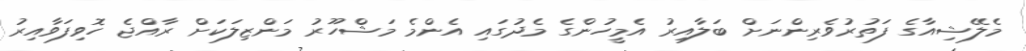
މެލޭޝިއާގެ ފަތުރުވެރިންނަށް ބަލާއިރު އެމީހުންގެ މެދުގައި އެންމެ މަޝްހޫރު މަންޒިލަކަށް ރާއްޖެ ހޮވިފަވާއިރު